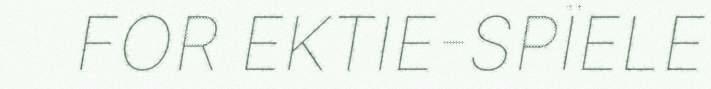
FOR EKTIE-SPÏELE